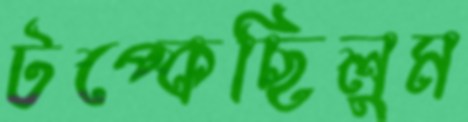
টপ্‌কেছিলুম